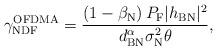
LaTeX: \begin{align*}\gamma_{\textrm{NDF}}^{\textrm{OFDMA}}=\frac{\left(1-\beta_{\textrm{N}} \right)P_\textrm{F}{|h_{\textrm{BN}}|^2} }{ {d_{\textrm{BN}}^{\alpha} \sigma_{\textrm{N}}^2} \theta},\end{align*}